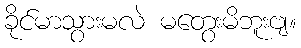
ခိုင်မာသွားမလဲ မတွေးမိဘူးဗျ။